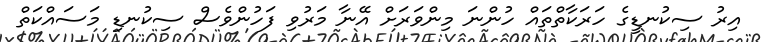
އިރު ސިކުނޑީގެ ހަރަކާތްތައް ހުންނަ މިންވަރަށް އޭނާ މަރުވި ފަހުންވެސް ސިކުނޑި މަސައްކަތް